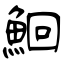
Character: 鮰